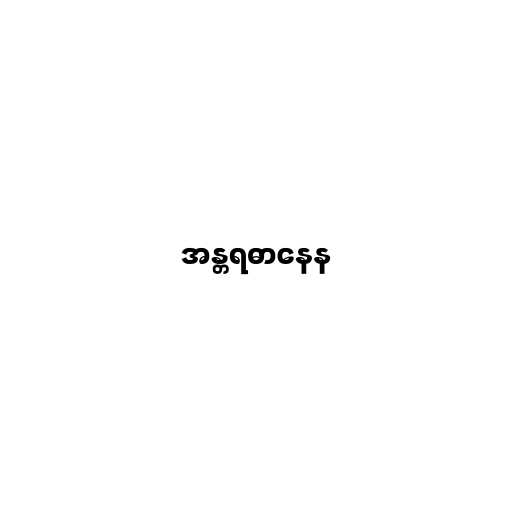
အန္တရဓာနေန